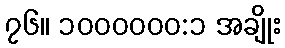
၇၆။ ၁၀၀၀၀၀၀:၁ အချိုး